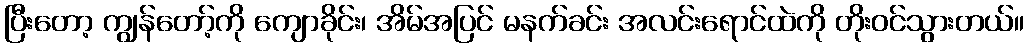
ပြီးတော့ ကျွန်တော့်ကို ကျောခိုင်း၊ အိမ်အပြင် မနက်ခင်း အလင်းရောင်ထဲကို တိုးဝင်သွားတယ်။